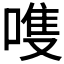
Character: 𫫊